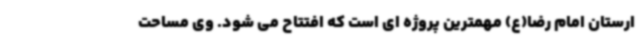
ارستان امام رضا(ع) مهمترین پروژه ای است که افتتاح می شود. وی مساحت